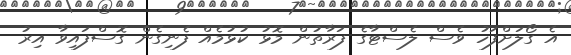
އެ ގޯލަށްފަހު ވެސް ލެސްޓާގެ ފަރާތުން މޮޅު ކުޅުމެއް ފެނިގެން ގޮސްފައިވާ އިރު